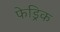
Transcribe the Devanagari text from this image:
फेड्रिक